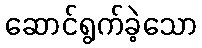
ဆောင်ရွက်ခဲ့သော